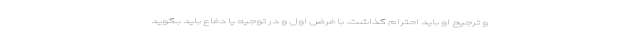
و ترجیح او باید احترام گذاشت. با فرض اول و در توجیه یا دفاع باید بگوید